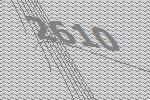
2610